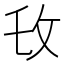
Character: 𫾧